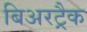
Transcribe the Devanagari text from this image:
बिअरट्रैक